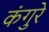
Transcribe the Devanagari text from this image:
कंगुरे